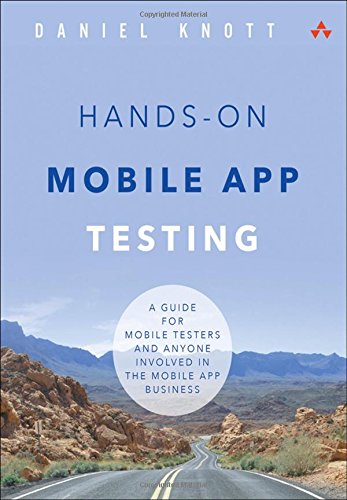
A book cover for Hands-On Mobile App Testing: A Guide for Mobile Testers and Anyone Involved in the Mobile App Business; Daniel Knott; Computers & Technology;